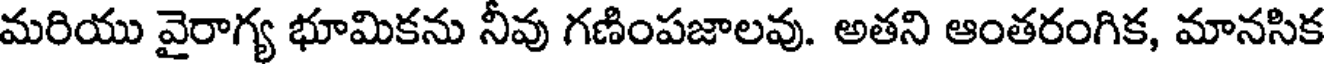
మరియు వైరాగ్య భూమికను నీవు గణింపజాలవు. అతని ఆంతరంగిక, మానసిక